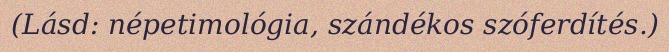
(Lásd: népetimológia, szándékos szóferdítés.)